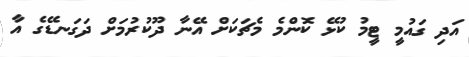
އަދި ގައުމީ ޓީމު ކުޅޭ ކޮންމެ މެޗަކަށް އޭނާ ދޫކުރުމަށް ދަގަނޑޭގެ އާ